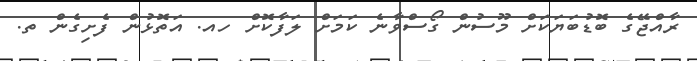
ރާއްޖޭގެ ބޮޑުބަޔަކަށް މޫސުން ގޯސްވާނެ ކަމަށް ލަފާކޮށް ހއ. އަތޮޅުން ފެށިގެން ތ.